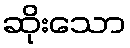
ဆိုးသော